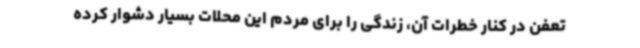
تعفن در کنار خطرات آن، زندگی را برای مردم این محلات بسیار دشوار کرده